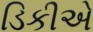
ડિકીએ